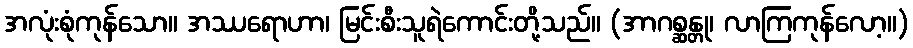
အလုံးစုံကုန်သော။ အဿရောဟာ၊ မြင်းစီးသူရဲကောင်းတို့သည်။ (အာဂစ္ဆန္တု၊ လာကြကုန်လော့။)